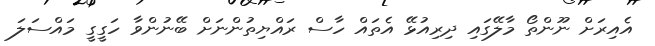
އެއިރަށް ނޫންތޯ މާލޭގައި ދިރިއުޅޭ އެތައް ހާސް ރައްޔިތުންނަށް ބޭނުންވާ ހަގީގީ މައްސަލަ